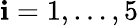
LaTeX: \mathbf{i}=1,\ldots,5